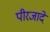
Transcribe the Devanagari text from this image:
पीरजादे